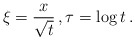
\begin{align*} \xi = \frac{x}{\sqrt{t}} \, , \tau = \log t \, .\end{align*}